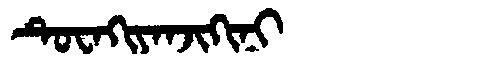
Manchu: ᡨᡠᠸᠠᡴᡳᠶᠠᠨᠵᡳᡴᡳᠨᡳ
Romanization: TUWAKIYANJIKINI